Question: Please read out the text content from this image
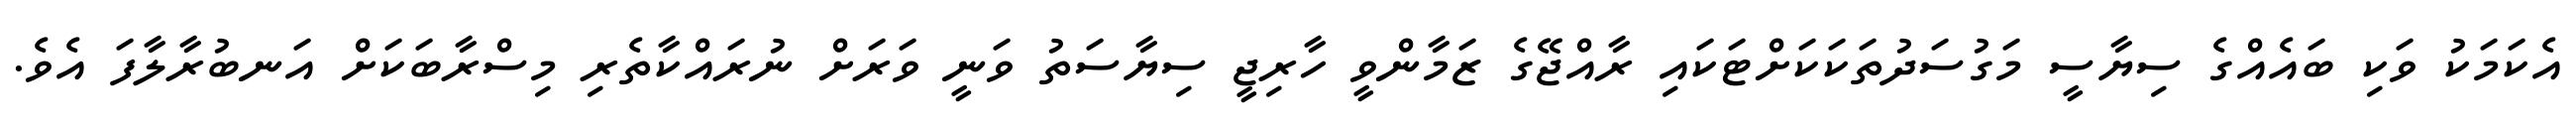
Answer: އެކަމަކު ވަކި ބައެއްގެ ސިޔާސީ މަގުސަދުތަކަކަށްޓަކައި ރާއްޖޭގެ ޒަމާންވީ ހާރިޖީ ސިޔާސަތު ވަނީ ވަރަށް ނުރައްކާތެރި މިސްރާބަކަށް އަނބުރާލާފަ އެވެ.